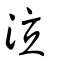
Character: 泣